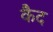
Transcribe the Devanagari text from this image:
कैेद